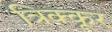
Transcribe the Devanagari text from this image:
त्रिक्कूर